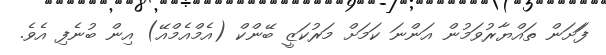
ފަަށަން ތައްޔާރުވަމުން އަންނަ ކަމަށް މަރުކަޒީ ބޭންކް (އެމްއެމްއޭ) އިން ބުނެފި އެވެ.